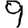
Digit: 9